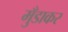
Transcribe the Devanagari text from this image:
मुँडाकर